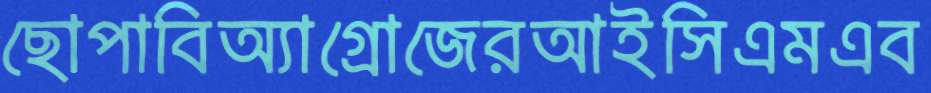
ছোপাবিঅ্যাগ্রোজেরআইসিএমএব